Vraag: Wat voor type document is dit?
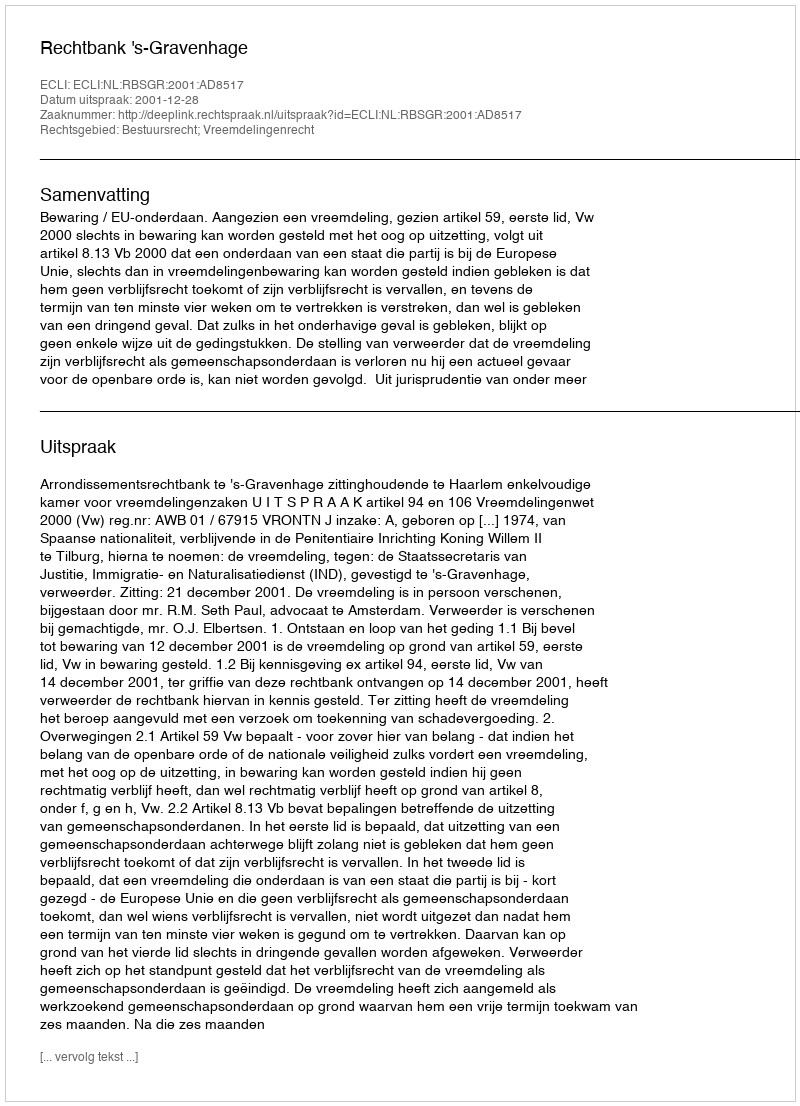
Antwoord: Uitspraak